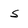
Character: S